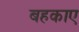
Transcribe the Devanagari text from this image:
बहकाए